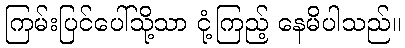
ကြမ်းပြင်ပေါ်သို့သာ ငုံ့ကြည့် နေမိပါသည်။